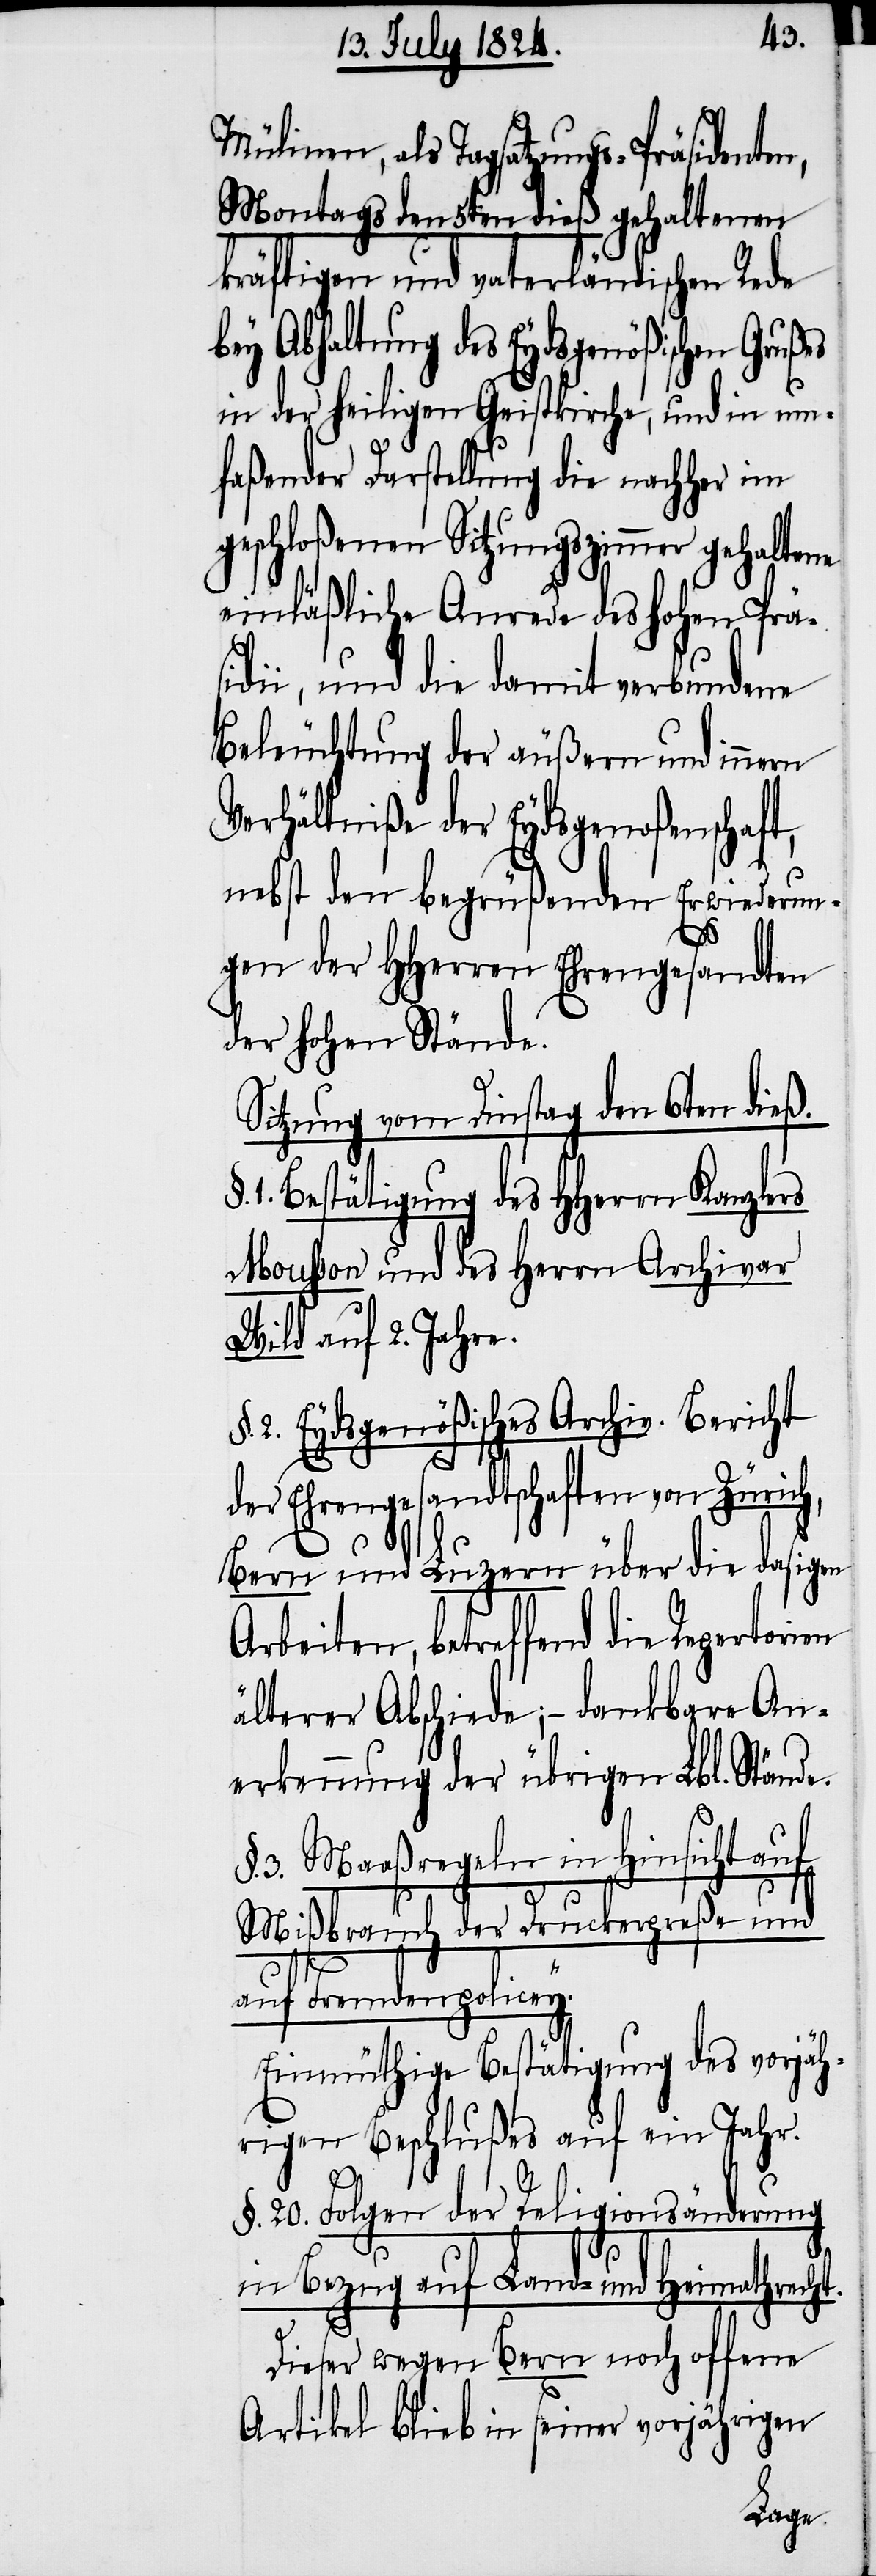
Mülinen, als Tagsatzungs-Präsidenten,
Montags den 5ten dieß gehaltenen
kräftigen und vaterländischen Rede
bey Abhaltung des Eydsgenößischen Gru¬
in der heiligen Geistkirche, und in um¬
faßender Darstellung die nachher im
eschloßenen Sitzungszimmer gehalte¬
einläßliche Anrede des hohen Präs¬
idii, und die damit verbundene
Beleuchtung der äußern und innern
Verhältniße der Eydsgenoßenschaft,
nebst den begrüßenden Erwiederun¬
gen der HHerren Ehrengesandten
der hohen Stände.
Sitzung vom Dienstag den 6ten dieß.
1. Bestätigung des HHerrn Kanzlers
Mousson und des Herrn Archivar
Wild auf 2. Jahre.
2. Eydsgenößisches Archiv. Bericht
der Ehrengesandtschaften von Zürich,
Bern und Luzern über die dasigen
Arbeiten, betreffend die Reparti¬
älterer Abschiede; – dankbare An¬
erkennung der übrigen Lbl. Stände.
3. Maaßregeln in Hinsicht auf
Mißbrauch der Druckerpreße und
auf Fremdenpolice¬
Einmüthige Bestätigung des vorjäh¬
rigen Beschlußes auf ein Jahr.
§. 20. Folgen der Religionsänderung
tion
in Bezug auf Land- und Heimathrecht.
Dieser wegen Bern noch offene
Artikel blieb in seiner vorjährigen
y.